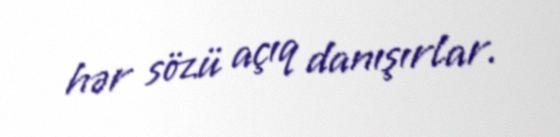
hər sözü açıq danışırlar.